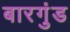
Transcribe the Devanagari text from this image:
बारगुंड